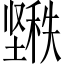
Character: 𱘌